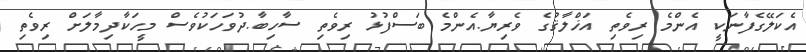
އެކަލޭގެފާނަކީ އެންމެ ރިވެތި އަޚްލާޤުގެ ވެރިޔާ.އެންމެ ބަސްފުޅު ރިވެތި ސާހިބާ.ދުވަހަކުވެސް މީހަކާދިމާލަށް ރިވެތި